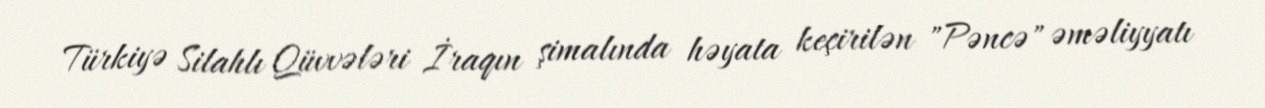
Türkiyə Silahlı Qüvvələri İraqın şimalında həyata keçirilən "Pəncə" əməliyyatı